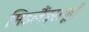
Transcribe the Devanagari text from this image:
मिडलैंड्सपूर्व